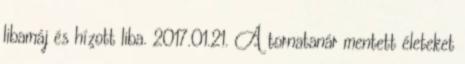
libamáj és hízott liba. 2017.01.21. A tornatanár mentett életeket